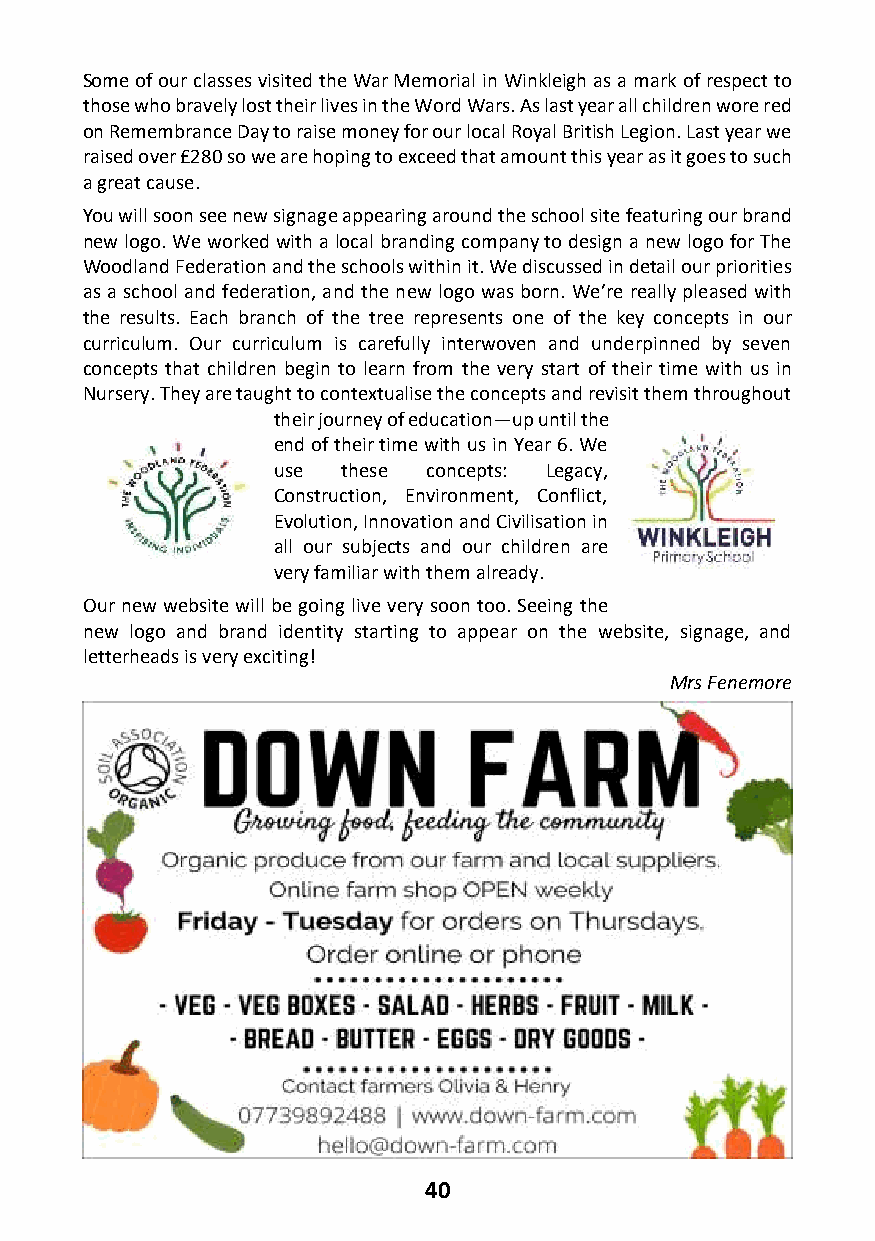
Some of our classes visited the War Memorial in Winkleigh as a mark of respect to
 those who bravely lost their lives in the Word Wars. As last year all children wore red
 on Remembrance Day to raise money for our local Royal British Legion. Last year we
 raised over £280 so we are hoping to exceed that amount this year as it goes to such
 a great cause.
 You will soon see new signage appearing around the school site featuring our brand
 new logo. We worked with a local branding company to design a new logo for The
 Woodland Federation and the schools within it. We discussed in detail our priorities
 as a school and federation, and the new logo was born. We’re really pleased with
 the results. Each branch of the tree represents one of the key concepts in our
 curriculum. Our curriculum is carefully interwoven and underpinned by seven
 concepts that children begin to learn from the very start of their time with us in
 Nursery. They are taught to contextualise the concepts and revisit them throughout
 their journey of education—up until the
 end of their time with us in Year 6. We
 use  these concepts: Legacy,
 Construction, Environment, Conflict,
 Evolution, Innovation and Civilisation in
 all our subjects and our children are
 very familiar with them already.
 Our new website will be going live very soon too. Seeing the
 new logo and brand identity starting to appear on the website, signage, and
 letterheads is very exciting!
 Mrs Fenemore
 40